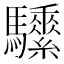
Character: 𩧖